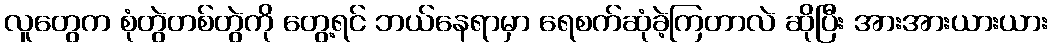
လူတွေက စုံတွဲတစ်တွဲကို တွေ့ရင် ဘယ်နေရာမှာ ရေစက်ဆုံခဲ့ကြတာလဲ ဆိုပြီး အားအားယားယား